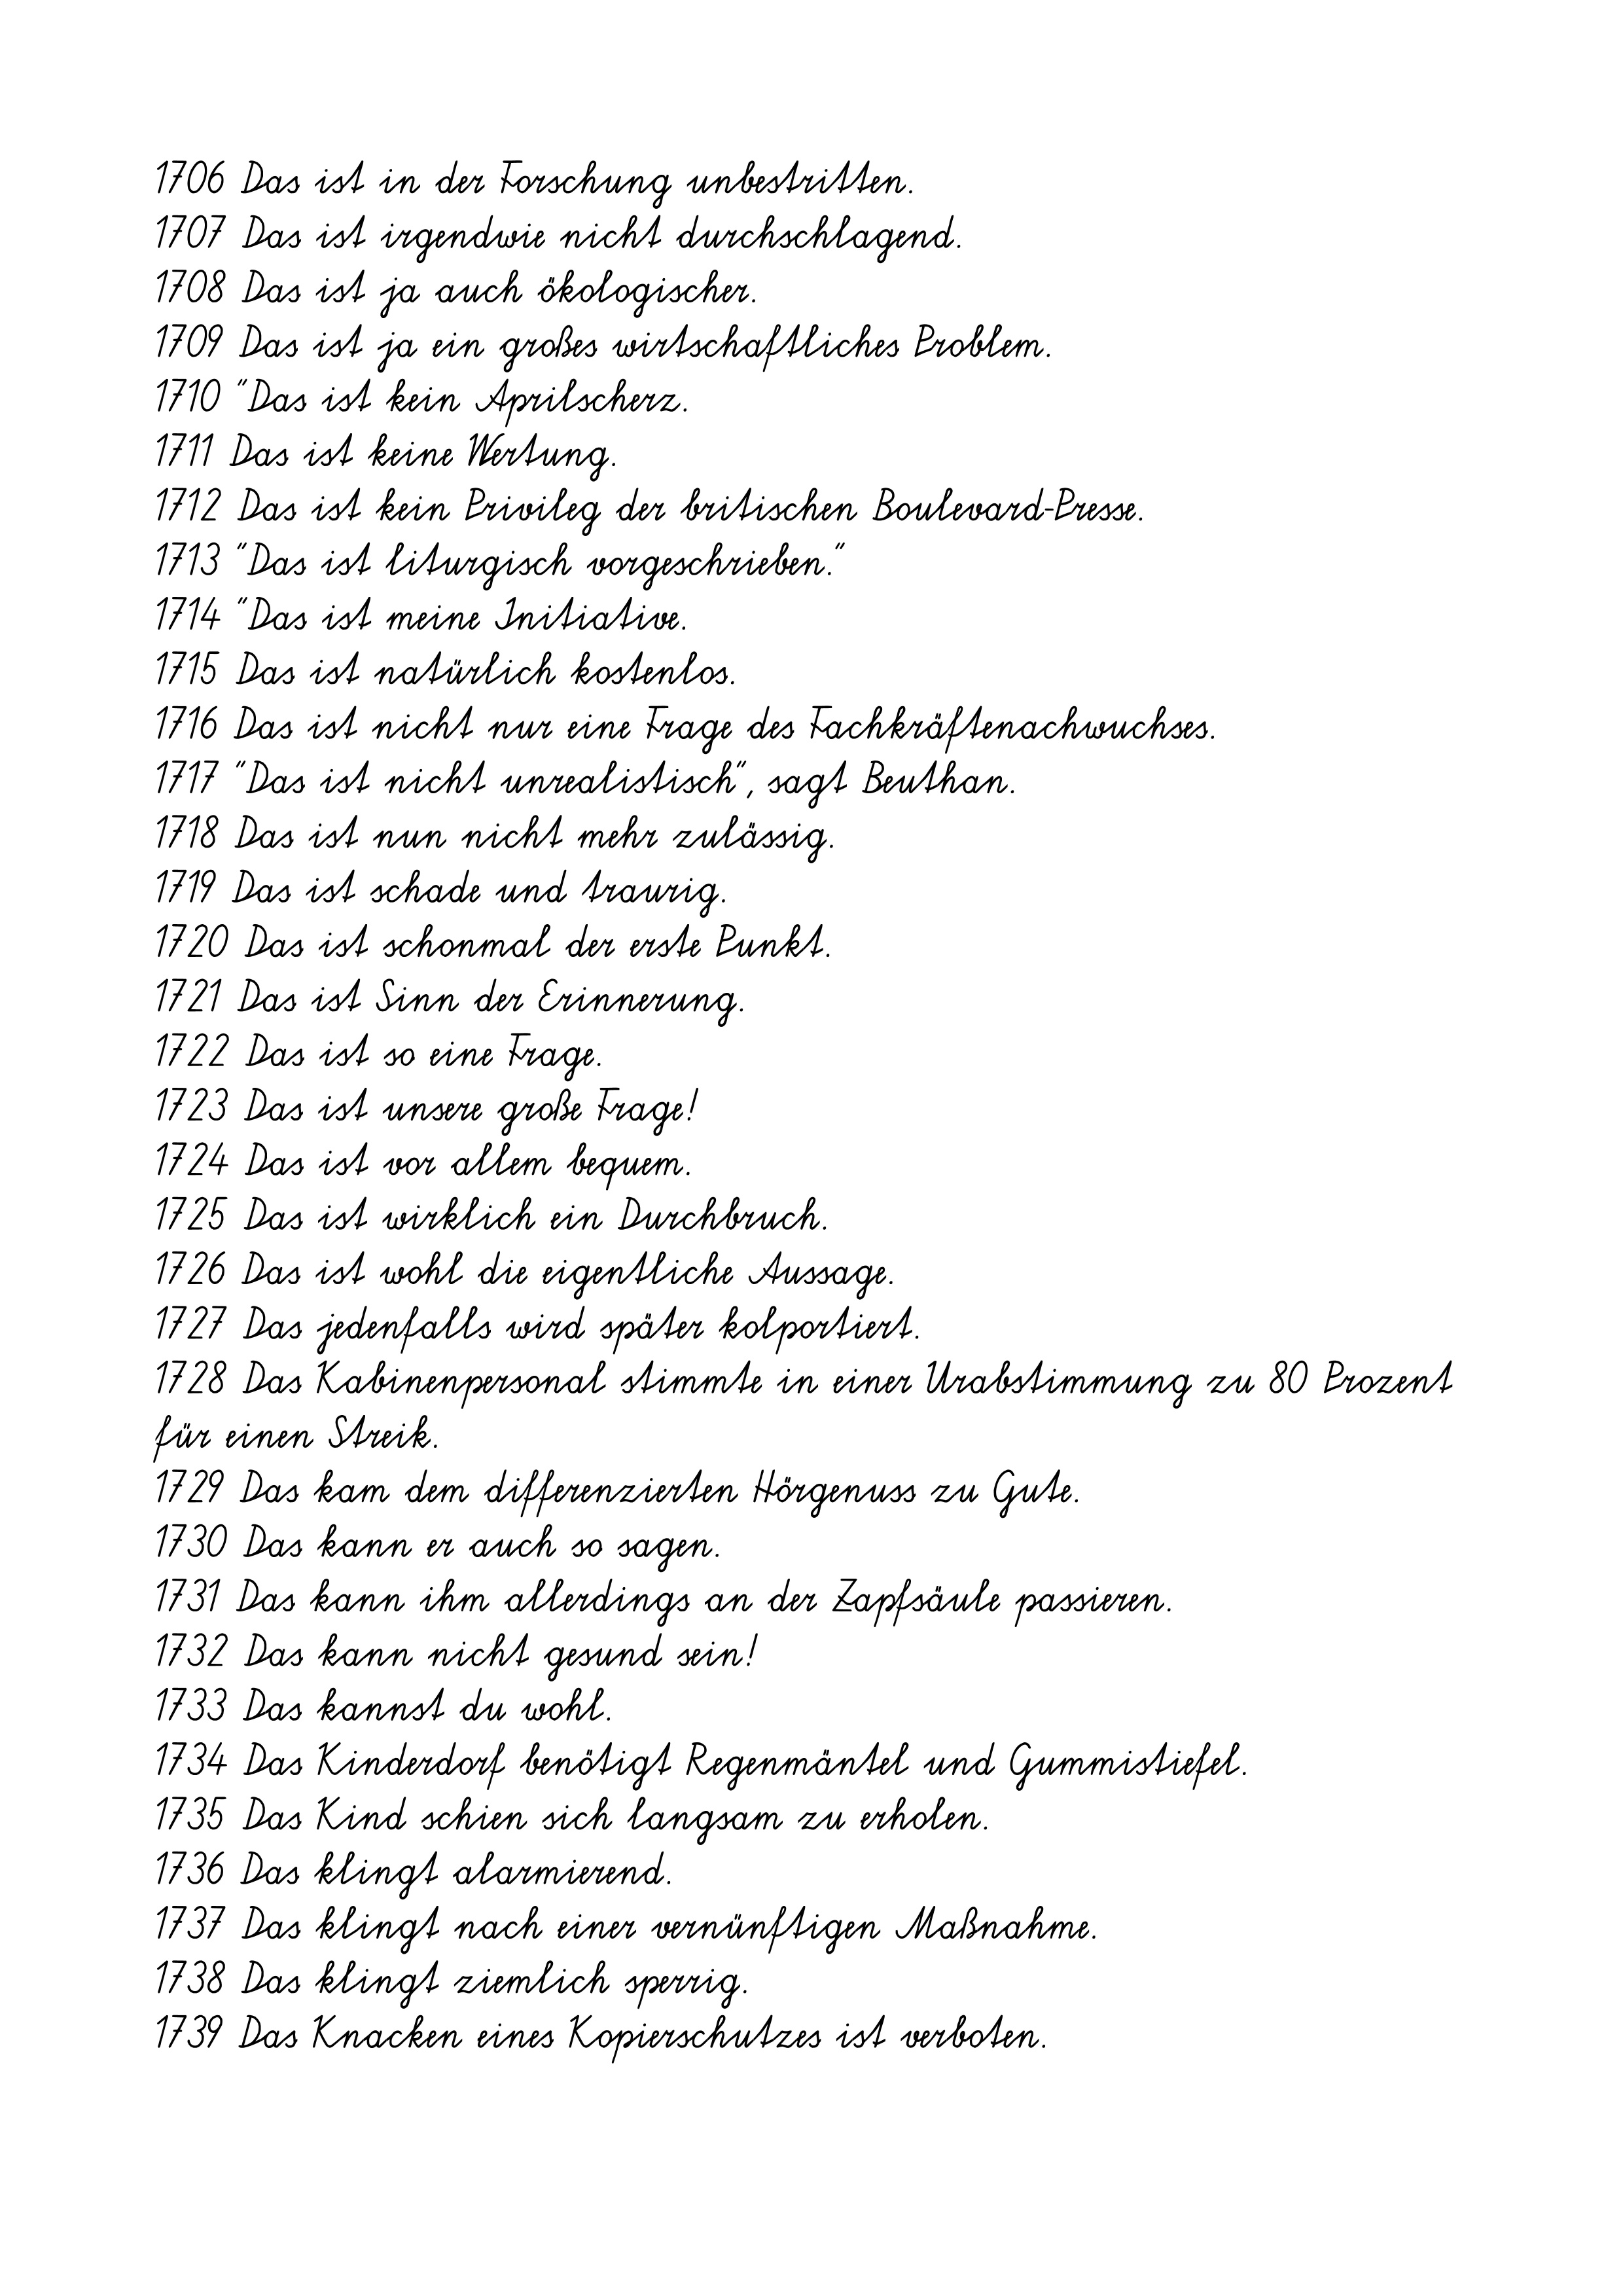
1706 Das ist in der Forschung unbestritten.
1707 Das ist irgendwie nicht durchschlagend.
1708 Das ist ja auch ökologischer.
1709 Das ist ja ein großes wirtschaftliches Problem.
1710 "Das ist kein Aprilscherz.
1711 Das ist keine Wertung.
1712 Das ist kein Privileg der britischen Boulevard-Presse.
1713 "Das ist liturgisch vorgeschrieben."
1714 "Das ist meine Initiative.
1715 Das ist natürlich kostenlos.
1716 Das ist nicht nur eine Frage des Fachkräftenachwuchses.
1717 "Das ist nicht unrealistisch", sagt Beuthan.
1718 Das ist nun nicht mehr zulässig.
1719 Das ist schade und traurig.
1720 Das ist schonmal der erste Punkt.
1721 Das ist Sinn der Erinnerung.
1722 Das ist so eine Frage.
1723 Das ist unsere große Frage!
1724 Das ist vor allem bequem.
1725 Das ist wirklich ein Durchbruch.
1726 Das ist wohl die eigentliche Aussage.
1727 Das jedenfalls wird später kolportiert.
1728 Das Kabinenpersonal stimmte in einer Urabstimmung zu 80 Prozent
für einen Streik.
1729 Das kam dem differenzierten Hörgenuss zu Gute.
1730 Das kann er auch so sagen.
1731 Das kann ihm allerdings an der Zapfsäule passieren.
1732 Das kann nicht gesund sein!
1733 Das kannst du wohl.
1734 Das Kinderdorf benötigt Regenmäntel und Gummistiefel.
1735 Das Kind schien sich langsam zu erholen.
1736 Das klingt alarmierend.
1737 Das klingt nach einer vernünftigen Maßnahme.
1738 Das klingt ziemlich sperrig.
1739 Das Knacken eines Kopierschutzes ist verboten.